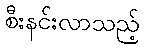
စီးနင်းလာသည့်